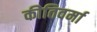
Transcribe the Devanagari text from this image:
कीतिवर्मा